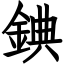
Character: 錪